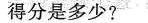
得分是多少?